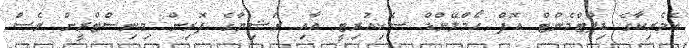
އެމެރިކާގެ ޑިޕާޓްމެންޓް އޮފް ހޯމްލޭންޑް ސެކިއުރިޓީ އާއި ރަޝިޔާގެ ފޮރިން މިނިސްޓްރީން ވެސް